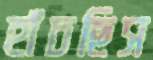
হাঁচছিস